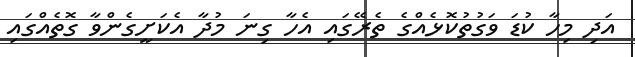
އަދި މިހާ ކުޑަ ވަގުތުކޮޅެއްގެ ތެރޭގައި އެހާ ގިނަ މުދާ އެކަށީގެންވާ ގޮތެއްގައި